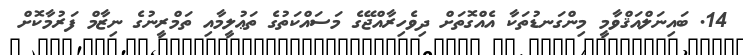
14. ބައިނަލްއަޤްވާމީ މިންގަނޑުތަކާ އެއްގޮތަށް ދިވެހިރާއްޖޭގެ މަސައްކަތުގެ ތަޢުލީމާއި ތަމްރީނުގެ ނިޒާމް ފަރުމާކޮށް